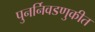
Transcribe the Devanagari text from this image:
पुनर्निवडणुकीत